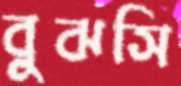
বুঝসি